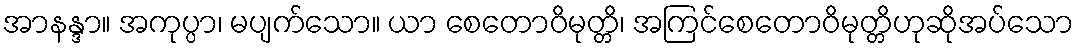
အာနန္ဒာ။ အကုပ္ပာ၊ မပျက်သော။ ယာ စေတောဝိမုတ္တိ၊ အကြင်စေတောဝိမုတ္တိဟုဆိုအပ်သော